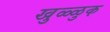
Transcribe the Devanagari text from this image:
खुळ्ळुक